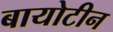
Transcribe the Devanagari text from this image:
बायोटीन